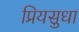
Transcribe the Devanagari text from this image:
प्रियसुधा